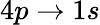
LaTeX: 4p\to 1s